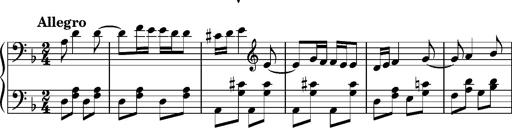
Title: Ungarischer Romanzero
Composer: Franz Liszt